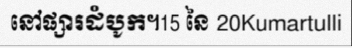
នៅផ្សារដំបូក។15 នៃ 20Kumartulli